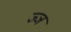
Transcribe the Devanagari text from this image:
ज्‍ञ